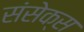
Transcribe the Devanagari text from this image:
संसेक्स